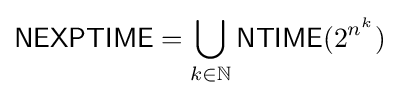
{\mathsf {NEXPTIME}}=\bigcup _{k\in \mathbb {N} }{\mathsf {NTIME}}(2^{n^{k}})